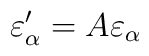
\varepsilon _\alpha ^{\prime }=A\varepsilon _\alpha